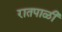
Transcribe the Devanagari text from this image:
रातपाळी